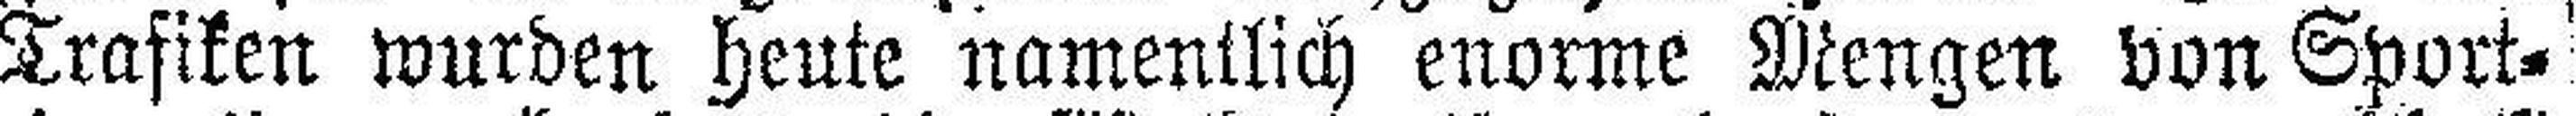
Trafiken wurden heute namentlich enorme Mengen von Sport¬